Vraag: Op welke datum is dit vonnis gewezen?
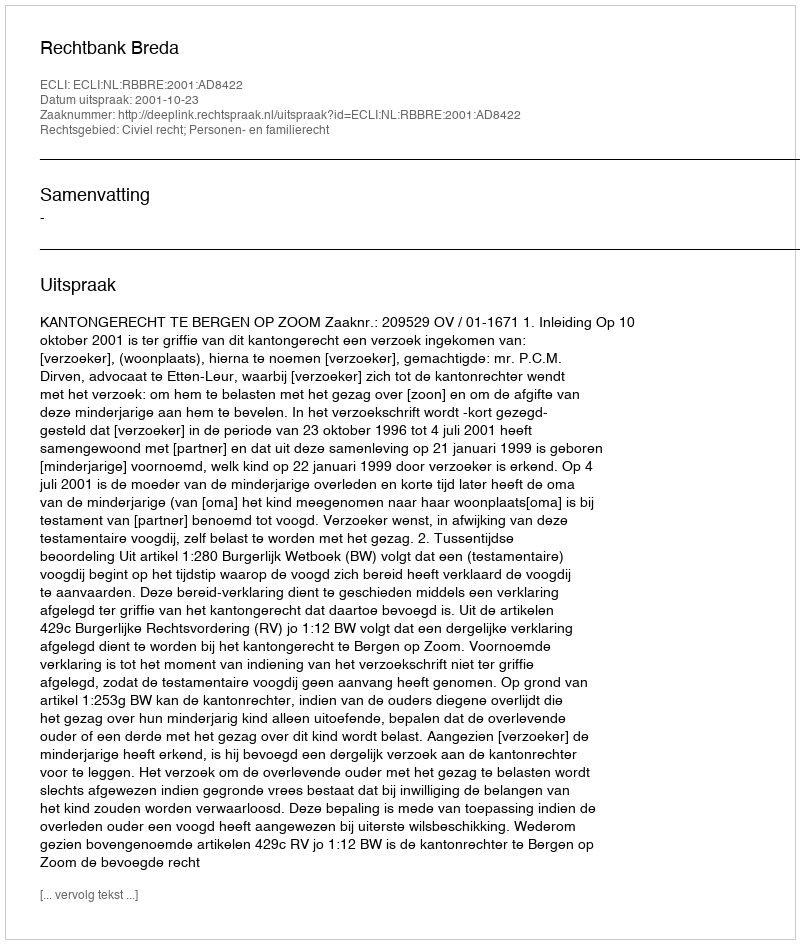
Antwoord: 2001-10-23